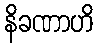
နိခဏာဟိ